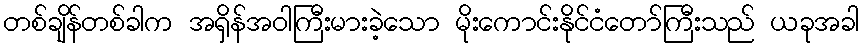
တစ်ချိန်တစ်ခါက အရှိန်အဝါကြီးမားခဲ့သော မိုးကောင်းနိုင်ငံတော်ကြီးသည် ယခုအခါ